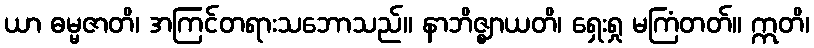
ယာ ဓမ္မဇာတိ၊ အကြင်တရားသဘောသည်။ နာဘိဇ္ဈာယတိ၊ ရှေးရှု မကြံတတ်။ ဣတိ၊